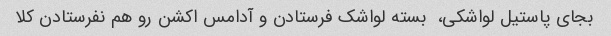
بجای پاستیل لواشکی،  بسته لواشک فرستادن و آدامس اکشن رو هم نفرستادن کلا